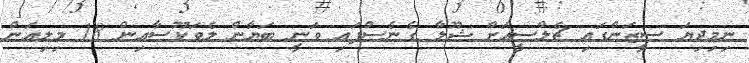
ނިމިދިޔަ ސީޒަންގައި ޗެލްސީއަށް ޝޫލާ ގެނެސްފައި ވަނީ ބަޔާން ލެވަކޫސާއިން 18 މިލިއަން